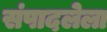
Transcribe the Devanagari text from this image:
संपादलेला